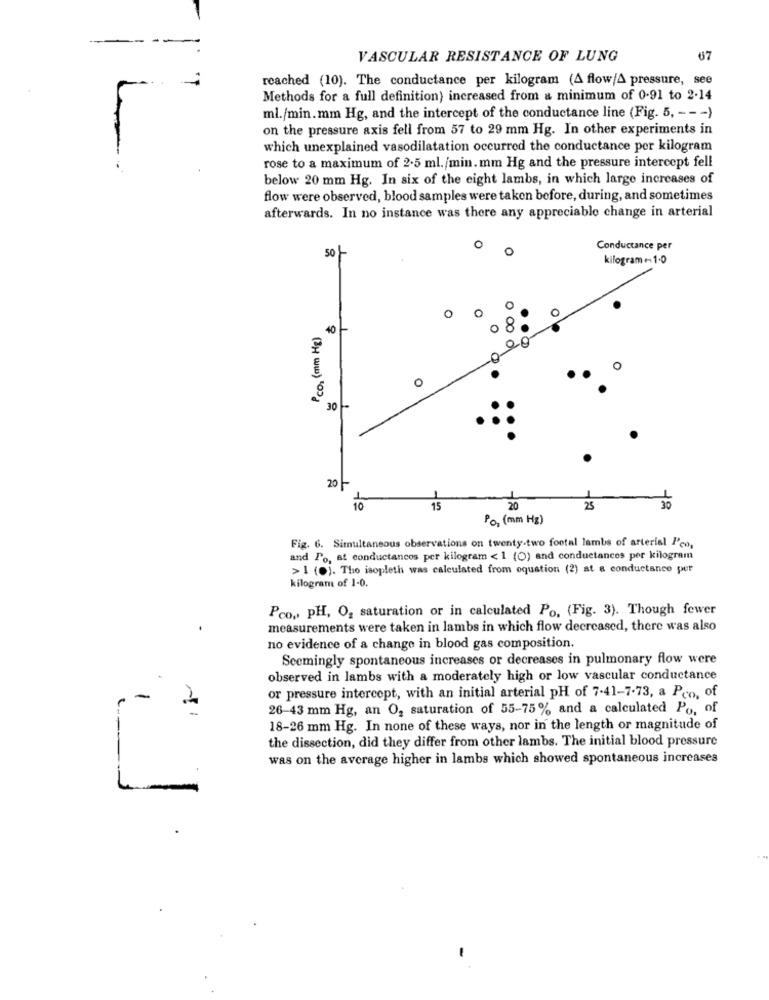
VASCULAR RESISTANCE OF LUNG
67
reached (10). The conductance per kilogram (A flow/A pressure, see
Methods for a full definition) increased from & minimum of 0.91 to 2.14
ml./min. mm Hg, and the intercept of the conductance line (Fig. 5, --- )
on the pressure axis fell from 57 to 29 mm Hg. In other experiments in
which unexplained vasodilatation occurred the conductance per kilogram
rose to a maximum of 2.5 ml./min.mm Hg and the pressure intercept fell
below 20 mm Hg. In six of the eight lambs, in which large increases of
flow were observed, blood samples were taken before, during, and sometimes
afterwards. In no instance was there any appreciable change in arterial
50
O
0
Conductance per
kilogram -- 1.0
0
P co2 (mm Hg)
40
00
30 -
20-
10
15
20
25
30
Po, (mm Hg)
Fig. 6. Simultaneous observations on twenty-two footal lambs of arterial P'co,
and Po, at conductancos per kilogram < 1 (0) and conductances per kilogram
> 1 (0). Tho isopleth was calculated from equation (2) at a conductance per
kilogram of 1-0.
Pco ., PH, O2 saturation or in calculated Po. (Fig. 3). Though fewer
measurements were taken in lambs in which flow decreased, there was also
no evidence of a change in blood gas composition.
Seemingly spontaneous increases or decreases in pulmonary flow were
observed in lambs with a moderately high or low vascular conductance
-
or pressure intercept, with an initial arterial pH of 7-41-7-73, a Pro, of
26-43 mm Hg, an O2 saturation of 55-75% and a calculated Po, of
18-26 mm Hg. In none of these ways, nor in the length or magnitude of
the dissection, did they differ from other lambs. The initial blood pressure
was on the average higher in lambs which showed spontaneous increases